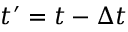
t ^ { \prime } = t - \Delta t